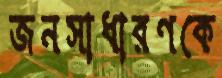
জনসাধারণকে